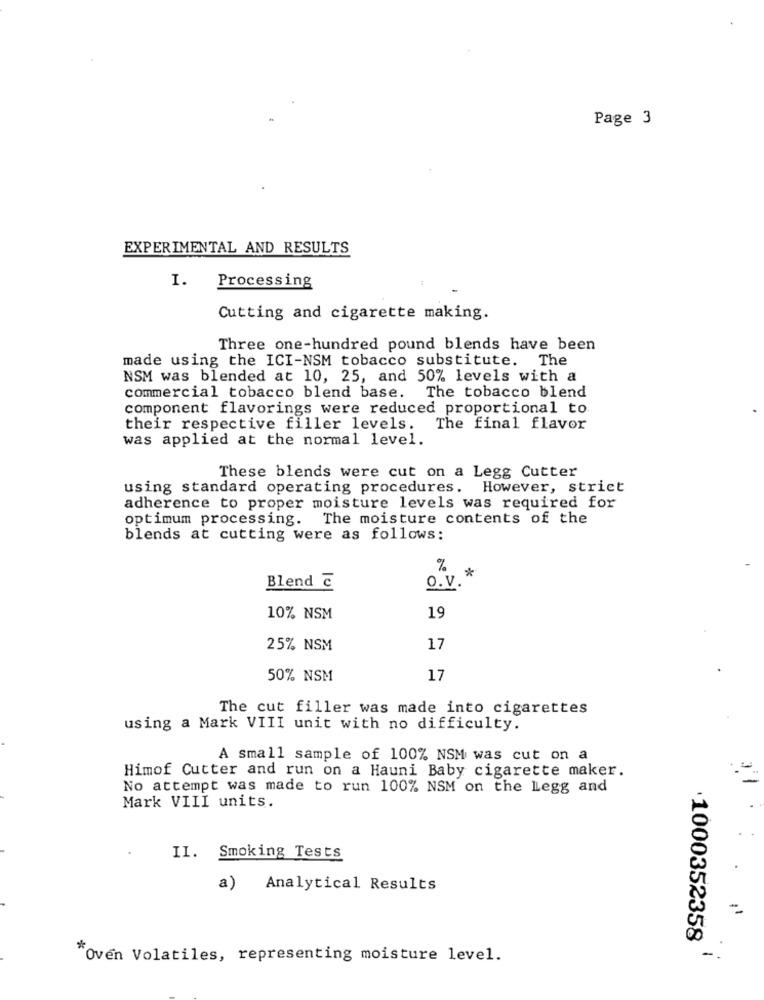
Page 3
EXPERIMENTAL AND RESULTS
Processing
1.
Cutting and cigarette making.
Three one-hundred pound blends have been
made using the ICI-NSM tobacco substitute. The
NSM was blended at 10, 25, and 50% levels with a
commercial tobacco blend base.
The tobacco blend
component flavorings were reduced proportional to
their respective filler levels. The final flavor
was applied at the normal level.
These blends were cut on a Legg Cutter
using standard operating procedures. However, strict
adherence to proper moisture levels was required for
optimum processing. The moisture contents of the
blends at cutting were as follows:
%
*
Blend @
O.V.
10% NSM
19
25% NSM
17
50% NSM
17
The cut filler was made into cigarettes
using a Mark VIII unit with no difficulty.
A small sample of 100% NSM was cut on a
Himof Cutter and run on a Hauni Baby cigarette maker.
No attempt was made to run 100% NSM on the Legg and
Mark VIII units.
II. Smoking Tests
a)
Analytical Results
=
1000352358
-
"Oven Volatiles, representing moisture level.